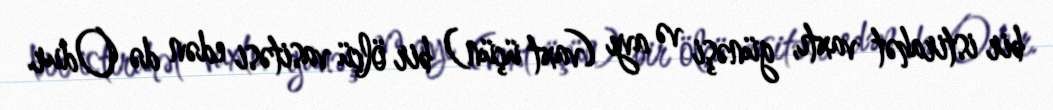
bir istirahət vaxtı, günəşi və ayı (vaxt üçün) bir ölçü vasitəsi edən də Odur.